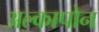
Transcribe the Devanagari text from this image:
अल्कापोन